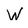
Character: W